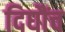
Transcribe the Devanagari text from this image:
दिघौंच